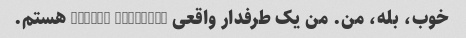
خوب، بله، من. من یک طرفدار واقعی Wanton Marsalis هستم.